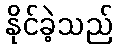
နိုင်ခဲ့သည်